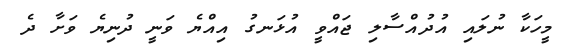
މީހަކާ ނުލައި އުދުއްސާލި ޖައްވީ އުޅަނގު އިއްޔެ ވަނީ ދުނިޔެ ވަށާ ދެ